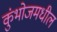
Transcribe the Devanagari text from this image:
कुंभोजमधील